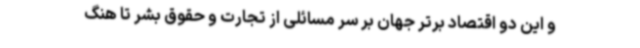
و این دو اقتصاد برتر جهان بر سر مسائلی از تجارت و حقوق بشر تا هنگ